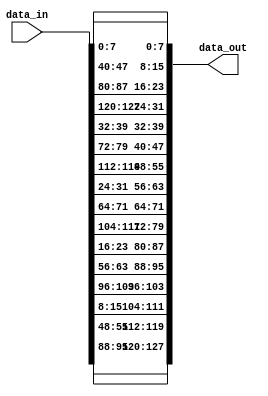
module ShiftRows(data_in, data_out);
    input [127:0] data_in;
    output [127:0] data_out;

    wire [7:0]  byte_0, byte_1, byte_2, byte_3,
                byte_4, byte_5, byte_6, byte_7,
                byte_8, byte_9, byte_10, byte_11,
                byte_12, byte_13, byte_14, byte_15;

    assign byte_0 = data_in[7:0];
    assign byte_1 = data_in[15:8];
    assign byte_2 = data_in[23:16];
    assign byte_3 = data_in[31:24];

    assign byte_4 = data_in[39:32];
    assign byte_5 = data_in[47:40];
    assign byte_6 = data_in[55:48];
    assign byte_7 = data_in[63:56];

    assign byte_8 = data_in[71:64];
    assign byte_9 = data_in[79:72];
    assign byte_10 = data_in[87:80];
    assign byte_11 = data_in[95:88];

    assign byte_12 = data_in[103:96];
    assign byte_13 = data_in[111:104];
    assign byte_14 = data_in[119:112];
    assign byte_15 = data_in[127:120];

    // assign first_row = {byte_12, byte_8, byte_4, byte_0};
    // assign second_row = {byte_1, byte_13, byte_9, byte_5};
    // assign third_row = {byte_6, byte_2, byte_14, byte_10};
    // assign fourth_row = {byte_11, byte_7, byte_3, byte_15}

    assign data_out = {byte_11, byte_6, byte_1, byte_12, byte_7, byte_2, byte_13, byte_8, byte_3, byte_14, byte_9, byte_4, byte_15, byte_10, byte_5, byte_0};
endmodule